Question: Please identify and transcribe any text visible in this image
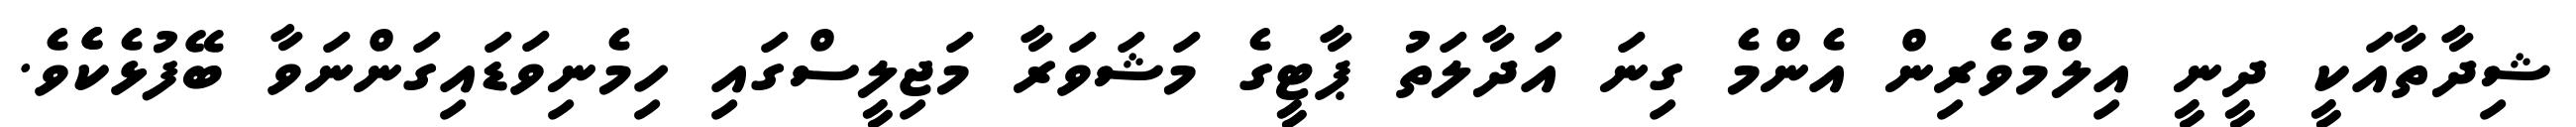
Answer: ޝިދާތާއަކީ ދީނީ އިލްމުވެރިން އެންމެ ގިނަ އަދާލަތު ޕާޓީގެ މަޝަވަރާ މަޖިލީސްގައި ހިމެނިވަޑައިގަންނަވާ ބޭފުޅެކެެވެ.